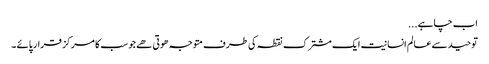
اب چاہے...
توحید سے عالم انسانیت ایک مشترک نقطہ کی طرف متوجہ ھوتی ھے جو سب کا مرکز قرار پائے ۔